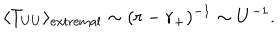
\langle T _ { U U } \rangle _ { \mathrm { e x t r e m a l } } \sim ( r - r _ { + } ) ^ { - 1 } \sim U ^ { - 1 } .